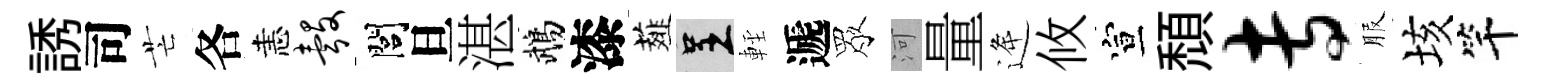
誘司芒各恚彀閭旦湛鵡漆薤呈䡖遞眾河量逄攸宣頹专服垓竿